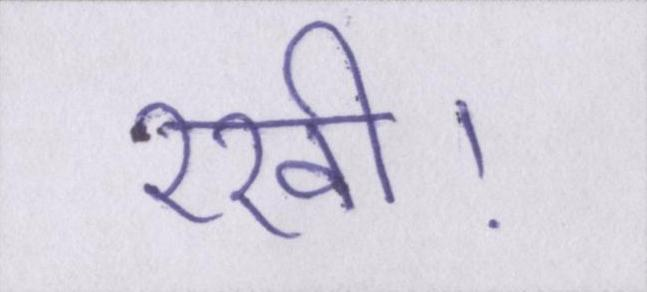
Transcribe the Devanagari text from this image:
रखी।